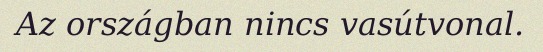
Az országban nincs vasútvonal.